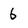
Character: 6